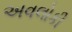
અવલોકી